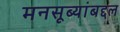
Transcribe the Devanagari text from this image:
मनसूब्यांबद्दल